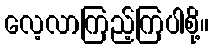
လေ့လာကြည့်ကြပါစို့။